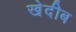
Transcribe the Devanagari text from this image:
खेदीब